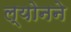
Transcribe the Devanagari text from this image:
ल्योनने